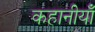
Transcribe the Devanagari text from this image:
कहानीयाँ